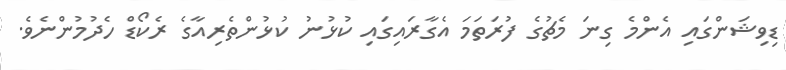
ޑިވިޝަންގައި އެންމެ ގިނަ މެޗުގެ ފުރަތަމަ އެގާރައިގައި ކުޅުނު ކުޅުންތެރިއާގެ ރެކޯޑް ހެދުމުންނެވެ.